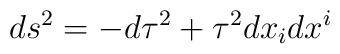
ds^{2}=-d\tau ^{2}+\tau ^{2}dx_i dx^i